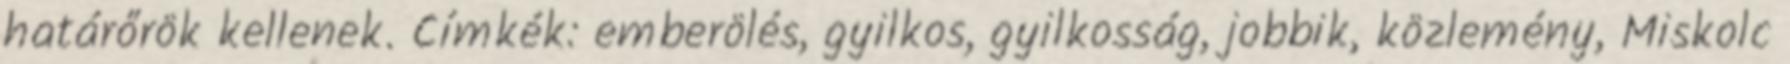
határőrök kellenek. Címkék: emberölés, gyilkos, gyilkosság, jobbik, közlemény, Miskolc